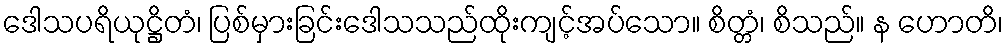
ဒေါသပရိယုဋ္ဌိတံ၊ ပြစ်မှားခြင်းဒေါသသည်ထိုးကျင့်အပ်သော။ စိတ္တံ၊ စိသည်။ န ဟောတိ၊